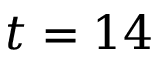
t = 1 4